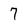
Character: 7